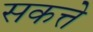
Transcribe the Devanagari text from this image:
सकत्ते